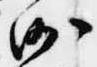
沙